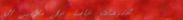
تخفيضات خاصة على ملابس ال